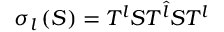
\sigma _ { l } \left( S \right) = T ^ { l } S T ^ { \hat { l } } S T ^ { l }